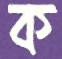
ক